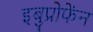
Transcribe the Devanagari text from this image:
इबुप्रोफेंन